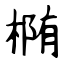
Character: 椭